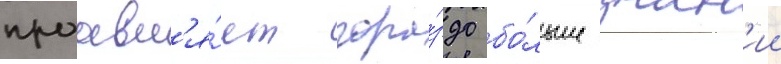
проавл'я́ет гора́здо бо́льше знан'ии